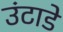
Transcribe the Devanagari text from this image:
उंटाडे